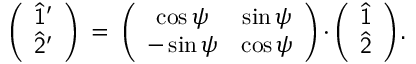
\left( \begin{array} { c } { \widehat { \sf 1 } ^ { \prime } } \\ { \widehat { \sf 2 } ^ { \prime } } \end{array} \right) \; = \; \left( \begin{array} { c c } { \cos \psi } & { \sin \psi } \\ { - \sin \psi } & { \cos \psi } \end{array} \right) \cdot \left( \begin{array} { c } { \widehat { \sf 1 } } \\ { \widehat { \sf 2 } } \end{array} \right) .